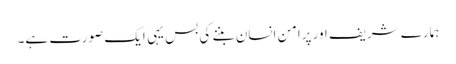
ہمارے شریف اور پرامن انسان بننے کی بس یہی ایک صورت ہے۔